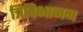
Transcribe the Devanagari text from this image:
त्रिविभाजन